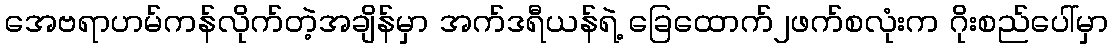
အေဗရာဟမ်ကန်လိုက်တဲ့အချိန်မှာ အက်ဒရီယန်ရဲ့ ခြေထောက်၂ဖက်စလုံးက ဂိုးစည်ပေါ်မှာ